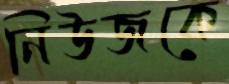
নিউজকে